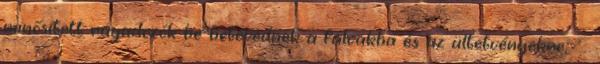
minősített ragadozók be-betévednek a falvakba és az ültetvényekre, .